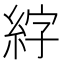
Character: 𫃣